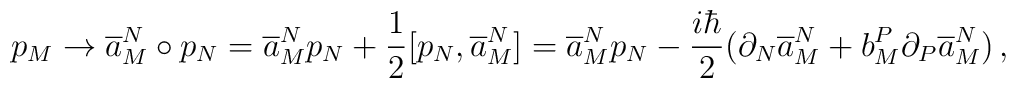
p_{M}\to \overline{a}^{N}_{M}\circ p_{N}=\overline{a}^{N}_{M}p_{N}+\frac{1}{2}[p_{N},\overline{a}^{N}_{M}]= \overline{a}^{N}_{M}p_{N}-\frac{i\hbar}{2}(\partial_{N}\overline{a}^{N}_{M}+b^{P}_{M}\partial_{P}\overline{a}^{N}_{M})\,,